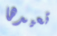
تعيدها